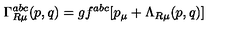
\Gamma _ { R \mu } ^ { a b c } ( p , q ) = g f ^ { a b c } [ p _ { \mu } + \Lambda _ { R \mu } ( p , q ) ]